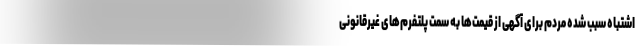
اشتباه سبب شده مردم برای آگهی از قیمت‌ها به سمت پلتفرم‌های غیرقانونی